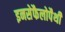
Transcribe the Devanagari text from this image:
इनसेफैलोपैथी